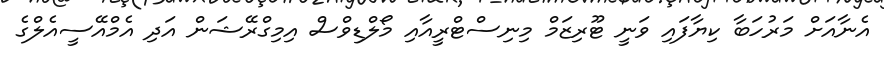
އެނާއަށް މަރުހަބާ ކިޔާފައި ވަނީ ޓޫރިޒަމް މިނިސްޓްރީއާއި މޯލްޑިވްސް އިމިގްރޭޝަން އަދި އެމްއޭސީއެލްގެ